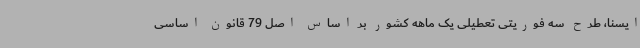
ایسنا، طرح سه فوریتی تعطیلی یک ماهه کشور بر اساس اصل 79 قانون اساسی